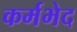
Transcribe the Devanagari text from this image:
कर्मभेद